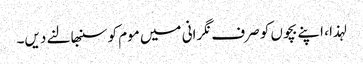
لہذا ، اپنے بچوں کو صرف نگرانی میں موم کو سنبھالنے دیں۔